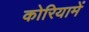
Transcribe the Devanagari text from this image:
कोरियामें